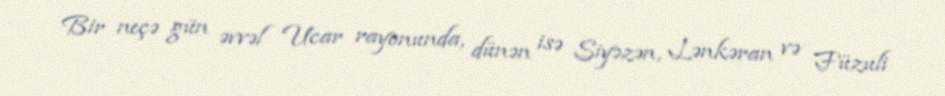
Bir neçə gün əvvəl Ucar rayonunda, dünən isə Siyəzən, Lənkəran və Füzuli